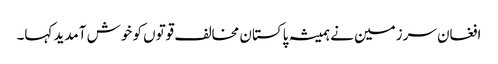
افغان سرزمین نے ہمیشہ پاکستان مخالف قوتوں کو خوش آمدید کہا۔